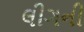
લીગની